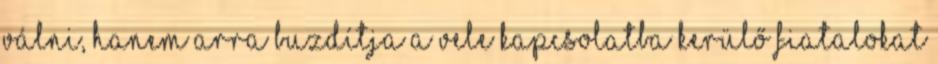
válni, hanem arra buzdítja a vele kapcsolatba kerülő fiatalokat